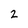
Character: 2